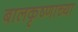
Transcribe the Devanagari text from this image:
बालकृष्णाच्या